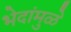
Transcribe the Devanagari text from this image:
भेदांमुळे